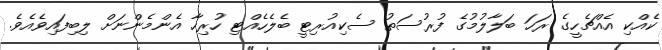
ކެއްކި އެއްޗެހީގެ ރަހަ ބަލާލުމުގެ ފުރުސަތު ސެކިއުރިޓީ ބެލެހެއްޓި ހުރިހާ އެންމެންނަށް ލިބިފައިވެއެވެ.